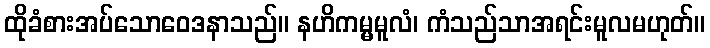
ထိုခံစားအပ်သောဝေဒနာသည်။ နဟိကမ္မမူလံ၊ ကံသည်သာအရင်းမူလမဟုတ်။